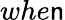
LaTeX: whe\mathsf{n}